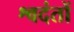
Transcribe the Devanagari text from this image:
श्वदंतों